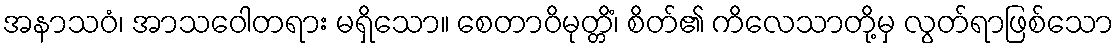
အနာသဝံ၊ အာသဝေါတရား မရှိသော။ စေတာဝိမုတ္တိံ၊ စိတ်၏ ကိလေသာတို့မှ လွတ်ရာဖြစ်သော